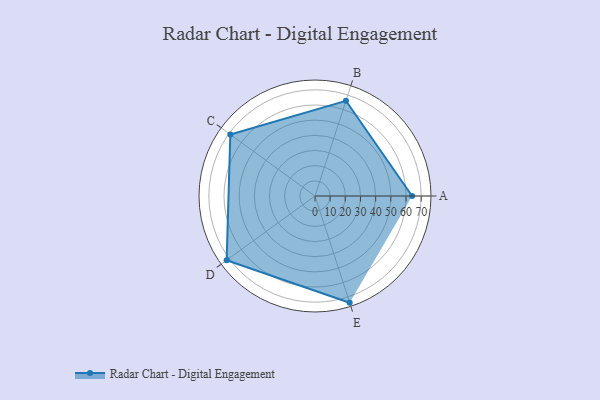
{"axis": {"x": "Skill", "y": "Score"}, "legend": ["Profile"], "data": [{"x": "A", "y": 64.0, "type": "Profile"}, {"x": "B", "y": 66.0, "type": "Profile"}, {"x": "C", "y": 69.0, "type": "Profile"}, {"x": "D", "y": 72.0, "type": "Profile"}, {"x": "E", "y": 74.0, "type": "Profile"}]}